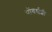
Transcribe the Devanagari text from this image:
पॉवर्सशी